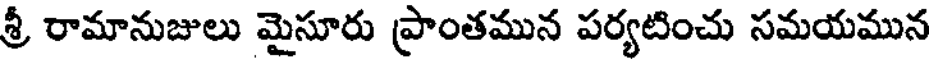
శ్రీ రామానుజులు మైసూరు ప్రాంతమున పర్యటించు సమయమున